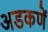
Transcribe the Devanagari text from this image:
अडकणें